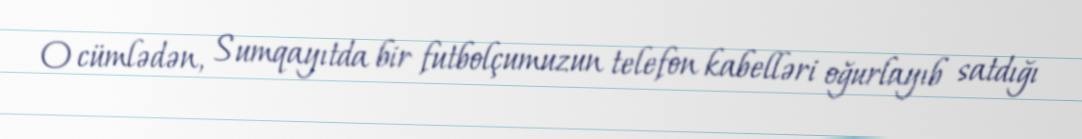
O cümlədən, Sumqayıtda bir futbolçumuzun telefon kabelləri oğurlayıb satdığı